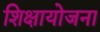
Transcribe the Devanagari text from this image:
शिक्षायोजना